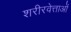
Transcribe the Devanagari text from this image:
शरीरवेत्ताओं